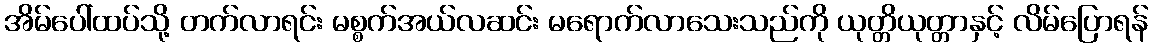
အိမ်ပေါ်ထပ်သို့ တက်လာရင်း မစ္စက်အယ်လဆင်း မရောက်လာသေးသည်ကို ယုတ္တိယုတ္တာနှင့် လိမ်ပြောရန်